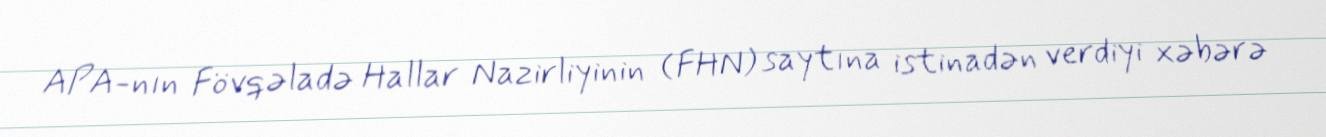
APA-nın Fövqəladə Hallar Nazirliyinin (FHN) saytına istinadən verdiyi xəbərə